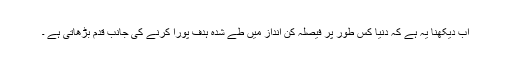
اب دیکھنا یہ ہے کہ دنیا کس طور پر فیصلہ کن انداز میں طے شدہ ہدف پورا کرنے کی جانب قدم بڑھاتی ہے ۔